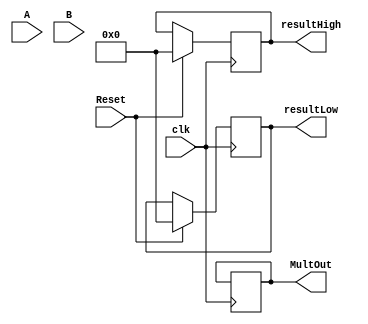
module multiplicacao (A, B, resultHigh, resultLow, MultOut, clk, Reset);

input [31:0] A, B;
input clk, Reset;
output reg [31:0] resultHigh, resultLow;
reg [64:0] Add, Sub, Produto;
output reg MultOut;
reg [4:0] contador;
reg MultIn;

//initial begin
//	MultIn <= 1'b1;
//end

always @(negedge clk) begin
MultIn <= 1'b1;

if (Reset) begin

resultHigh <= 32'b0;
resultLow <= 32'b0;

end

else if (MultIn == 1) begin

Add <= {A, 33'b0};
Sub <= {-A, 33'b0};
Produto <= {1'b0, B, 1'b0};
contador <= 5'b0;
MultIn <= 1'b0;
end

case (Produto[64:63])

2'b01: begin
Produto <= Produto + Add;
end

2'b10: begin
Produto <= Produto + Sub;
end
endcase

Produto[63:0] <= Produto[63:0] >> 1;
contador <= contador + 1;

if (contador == 32) begin
resultHigh <= Produto[64:33];
resultLow <= Produto[32:1];
MultOut <= 1'b1;
contador <= 5'b0;
end

end

endmodule